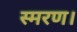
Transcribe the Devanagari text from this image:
स्मरण।